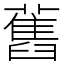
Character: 舊